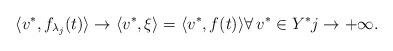
LaTeX: \begin{align*}\langle v^\ast, f_{\lambda _j}(t) \rangle \rightarrow \langle v^\ast, \xi \rangle= \langle v^\ast, f(t) \rangle \forall\, v^\ast \in Y^\ast j \rightarrow +\infty. \end{align*}